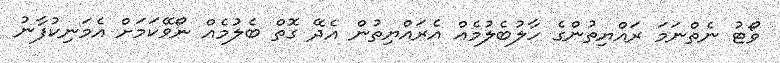
ވޯޓު ނެތްނަމަ ރައްޔިތުންގެ ހާލުބެލުމެއް އެރައްޔިތުން އެދޭ ގޮތް ބެލުމެއް ނޯވޭކަމަށް އެމަނިކުފާނު